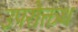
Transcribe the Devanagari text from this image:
उपरोक्तध